Annual returns of the Patna Lunatic Asylum at Bankipore in Bihar and Orissa - 1912-1924
Year: 1912
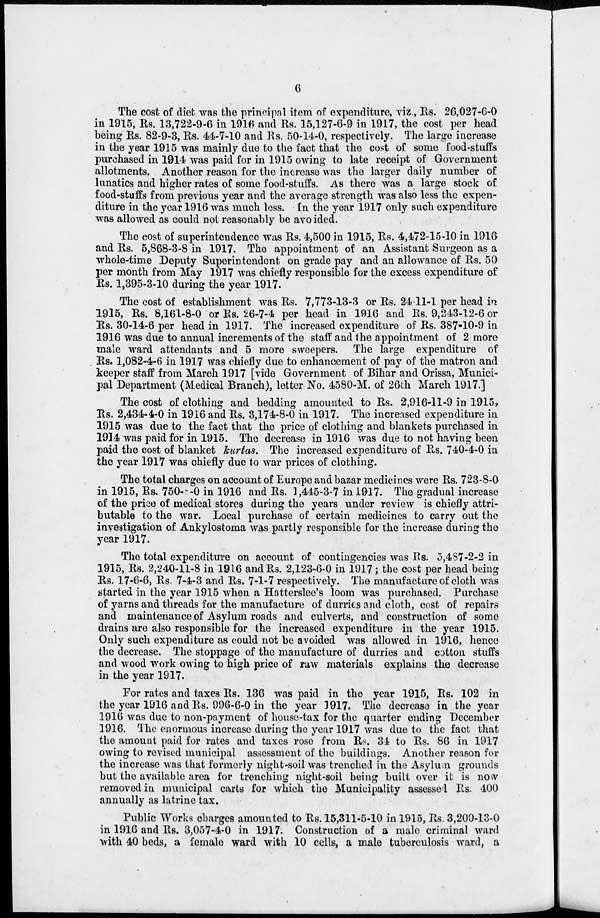
6
The cost of diet was the principal item of expenditure, viz., Rs. 26,027-6-0
in 1915, Rs. 13,722-9-6 in 1916 and Rs. 15,127-6-9 in 1917, the cost per head
being Rs. 82-9-3, Rs. 44-7-10 and Rs. 50-14-0, respectively. The large increase
in the year 1915 was mainly due to the fact that the cost of some food-stuffs
purchased in 1914 was paid for in 1915 owing to late receipt of Government
allotments. Another reason for the increase was the larger daily number of
lunatics and higher rates of some food-stuffs. As there was a large stock of
food-stuffs from previous year and the average strength was also less the expen-
diture in the year 1916 was much less. In the year 1917 only such expenditure
was allowed as could not reasonably be avoided.
The cost of superintendence was Rs. 4,500 in 1915, Rs. 4,472-15-10 in 1916
and Rs. 5,868-3-8 in 1917. The appointment of an Assistant Surgeon as a
whole-time Deputy Superintendent on grade pay and an allowance of Rs. 50
per month from May 1917 was chiefly responsible for the excess expenditure of
Rs. 1,395-3-10 during the year 1917.
The cost of establishment was Rs. 7,773-13-3 or Rs. 24 11-1 per head in
1915, Rs. 8,161-8-0 or Rs. 26-7-4 per head in 1916 and Rs. 9,243-12-6 or
Rs. 30-14-6 per head in 1917. The increased expenditure of Rs. 387-10-9 in
1916 was due to annual increments of the staff and the appointment of 2 more
male ward attendants and 5 more sweepers. The large expenditure of
Rs. 1,082-4-6 in 1917 was chiefly due to enhancement of pay of the matron and
keeper staff from March 1917 [vide Government of Bihar and Orissa, Munici-
pal Department (Medical Branch), letter No. 4580-M. of 26th March 1917.]
The cost of clothing and bedding amounted to Rs. 2,916-11-9 in 1915,
Rs. 2,434-4-0 in 1916 and Rs. 3,174-8-0 in 1917. The increased expenditure in
1915 was due to the fact that the price of clothing and blankets purchased in
1914 was paid for in 1915. The decrease in 1916 was due to not having been
paid the cost of blanket kurtas. The increased expenditure of Rs. 740-4-0 in
the year 1917 was chiefly due to war prices of clothing.
The total charges on account of Europe and bazar medicines were Rs. 723-8-0
in 1915, Rs. 750-8-0 in 1916 and Rs. 1,445-3-7 in 1917. The gradual increase
of the price of medical stores during the years under review is chiefly attri-
butable to the war. Local purchase of certain medicines to carry out the
investigation of Ankylostoma was partly responsible for the increase during the
year 1917.
The total expenditure on account of contingencies was Rs. 5,487-2-2 in
1915, Rs. 2,240-11-8 in 1916 and Rs. 2,123-6-0 in 1917; the cost per head being
Rs. 17-6-6, Rs. 7-4-3 and Rs. 7-1-7 respectively. The manufacture of cloth was
started in the year 1915 when a Hatterslee's loom was purchased. Purchase
of yarns and threads for the manufacture of durries and cloth, cost of repairs
and maintenance of Asylum roads and culverts, and construction of some
drains are also responsible for the increased expenditure in the year 1915.
Only such expenditure as could not be avoided was allowed in 1916, hence
the decrease. The stoppage of the manufacture of durries and cotton stuffs
and wood work owing to high price of raw materials explains the decrease
in the year 1917.
For rates and taxes Rs. 136 was paid in the year 1915, Rs. 102 in
the year 1916 and Rs. 996-6-0 in the year 1917. The decrease in the year
1916 was due to non-payment of house-tax for the quarter ending December
1916. The enormous increase during the year 1917 was due to the fact that
the amount paid for rates and taxes rose from Rs. 34 to Rs. 86 in 1917
owing to revised municipal assessment of the buildings. Another reason for
the increase was that formerly night-soil was trenched in the Asylum grounds
but the available area for trenching night-soil being built over it is now
removed in municipal carts for which the Municipality assessed Rs. 400
annually as latrine tax.
Public Works charges amounted to Rs. 15,311-5-10 in 1915, Rs. 3,200-13-0
in 1916 and Rs. 3,057-4-0 in 1917. Construction of a male criminal ward
with 40 beds, a female ward with 10 cells, a male tuberculosis ward, a